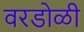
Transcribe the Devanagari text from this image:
वरडोळी